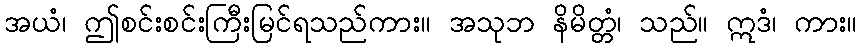
အယံ၊ ဤစင်းစင်းကြီးမြင်ရသည်ကား။ အသုဘ နိမိတ္တံ၊ သည်။ ဣဒံ၊ ကား။